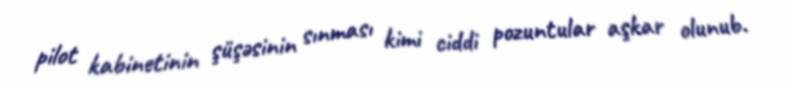
pilot kabinetinin şüşəsinin sınması kimi ciddi pozuntular aşkar olunub.